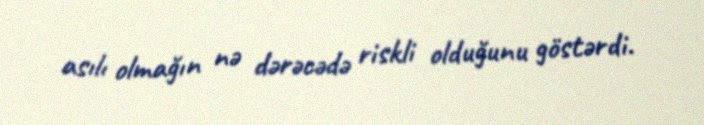
asılı olmağın nə dərəcədə riskli olduğunu göstərdi.